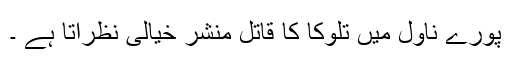
پورے ناول میں تلوکا کا قاتل منشر خیالی نظرآتا ہے ۔